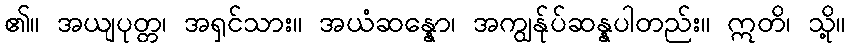
၏။ အယျပုတ္တ၊ အရှင်သား။ အယံဆန္နော၊ အကျွန်ုပ်ဆန္နပါတည်း။ ဣတိ၊ သို့။